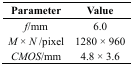
<table><thead><tr><td><b>Parameter</b></td><td><b>Value</b></td></tr></thead><tbody><tr><td><i>f</i>/mm</td><td>6.0</td></tr><tr><td><i>M</i> × <i>N</i> /pixel</td><td>1280 × 960</td></tr><tr><td><i>CMOS</i>/mm</td><td>4.8 × 3.6</td></tr></tbody></table>